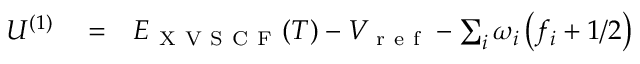
\begin{array} { r l r } { U ^ { ( 1 ) } } & { { } = } & { E _ { \mathrm { ~ X ~ V ~ S ~ C ~ F ~ } } ( T ) - V _ { \mathrm { ~ r ~ e ~ f ~ } } - \sum _ { i } { \omega } _ { i } \left( f _ { i } + { 1 } / { 2 } \right) } \end{array}